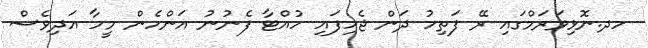
ހދ.ނޮޅިވަރަމްގައި ރޭ ފަތިހު ދަން ޖެހިފައި ހުއްޓާ ފެނުނު އަންހެން މީހާ އަދިވެސް